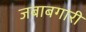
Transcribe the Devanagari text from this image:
जबाबगारी